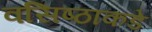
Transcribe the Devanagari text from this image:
वसिष्ठाकडे